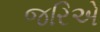
જરિએ